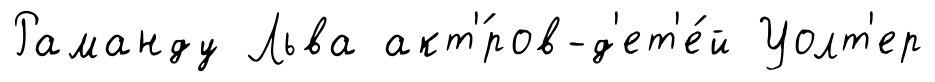
Раманду Льва акт'́ров-д'ет'е́й Уолт'ер